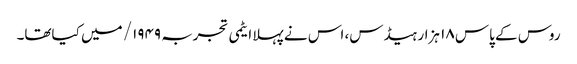
روس کے پاس ۱۸ ہزار ہیڈس، اس نے پہلا ایٹمی تجربہ ۱۹۴۹/ میں کیاتھا۔